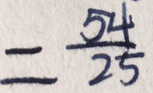
= \frac { 5 4 } { 2 5 }